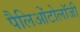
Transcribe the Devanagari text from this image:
पैलिओंटोलॉजी